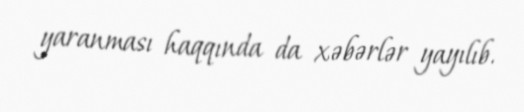
yaranması haqqında da xəbərlər yayılıb.